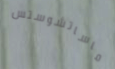
ماساتشوستس